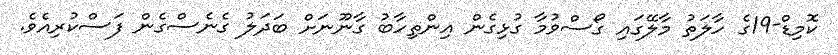
ކޮމިޑް-19ގެ ހާލަތު މާލޭގައި ގޯސްވުމާ ގުޅިގެން އިންތިހާބު ގާނޫނަށް ބަދަލު ގެނެސްގެން ފަސްކުރިއެވެ.